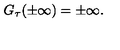
G _ { \tau } ( \pm \infty ) = \pm \infty .